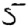
Digit: 5